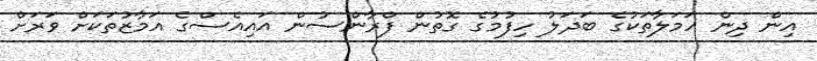
އިން ދިން ހަމަލާތަކުގެ ބަދަލު ހިފުމުގެ ގޮތުން ފްރާންސުން އައިއެސްގެ އަމާޒުތަކަށް ވަރަށް